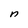
Character: n